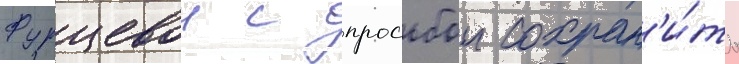
Фурцевои с просьбои сохран'и́ть